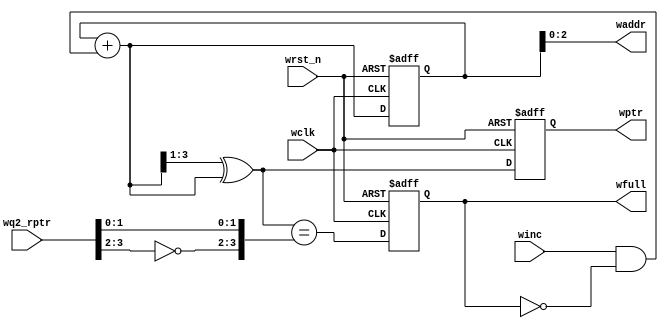
module wptr_full #(
    parameter ADDR_WIDTH = 3
) 
(
    input                           wclk,       // write clock
    input                           wrst_n,     // write reset
    input                           winc,       // write enable
    input       [ADDR_WIDTH  :0]    wq2_rptr,   // 
    output      [ADDR_WIDTH-1:0]    waddr,
    output  reg [ADDR_WIDTH  :0]    wptr,
    output  reg                     wfull       //FIFO full flag 
);

reg  [ADDR_WIDTH:0] wbin;         // 
wire [ADDR_WIDTH:0] wgraynext;    // 
wire [ADDR_WIDTH:0] wbinnext;     // 

always @(posedge wclk or negedge wrst_n) begin
    if(!wrst_n) begin
        wbin  <= {ADDR_WIDTH{1'b0}};
        wptr  <= {ADDR_WIDTH{1'b0}};
    end else begin     
        wbin <= wbinnext;             // 
        wptr <= wgraynext;            //  sync_w2r ,
    end
end

assign  waddr       = wbin[ADDR_WIDTH-1:0];           // RAM
assign  wbinnext    = wbin + (winc & ~wfull);       //   1
assign  wgraynext   = (wbinnext>>1) ^ wbinnext;     // 
assign  wfull_val   = (wgraynext == { ~wq2_rptr[ADDR_WIDTH:ADDR_WIDTH-1],wq2_rptr[ADDR_WIDTH-2:0] }); // FIFO

always @(posedge wclk or negedge wrst_n) begin
    if (!wrst_n) begin
        wfull  <= 1'b0;   
    end else begin
        wfull  <= wfull_val;
    end
end
 
endmodule